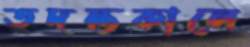
তদন্তকালে